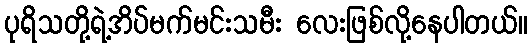
ပုရိသတို့ရဲ့အိပ်မက်မင်းသမီး လေးဖြစ်လို့နေပါတယ်။